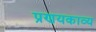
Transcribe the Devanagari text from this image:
प्रणयकाव्य